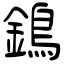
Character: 鵭